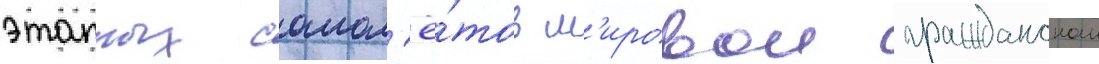
этапных самол'ё́тов м'ировои гражданскои